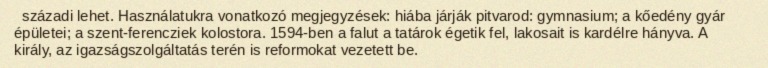
századi lehet. Használatukra vonatkozó megjegyzések: hiába járják pitvarod: gymnasium; a kőedény gyár épületei; a szent-ferencziek kolostora. 1594-ben a falut a tatárok égetik fel, lakosait is kardélre hányva. A király, az igazságszolgáltatás terén is reformokat vezetett be.